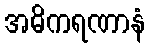
အဓိကရဏာနံ